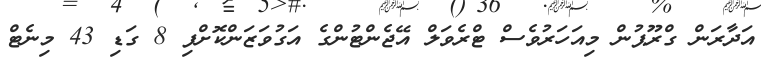
އަދާރަން ގްރޫޕުން މިއަހަރުވެސް ޓްރެވަލް އޭޖެންޓުންގެ އަގުވަޒަންކޮށްފި 8 ގަޑި 43 މިނެޓް